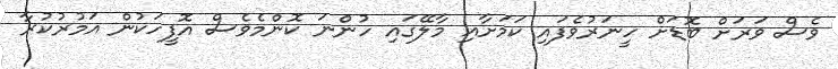
ވެސް ވަރަށް ބޮޑަށް ހީނަރުވެފައި ކަމަށާއި މާލޭގައި ހުންނަ ކޮންމެވެސް އޮފީހަކުން އަމުރުކުރާ